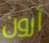
أرون